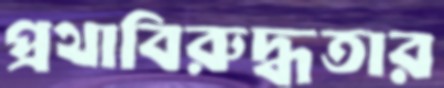
প্রথাবিরুদ্ধতার